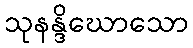
သုနန္ဒိဃောသော